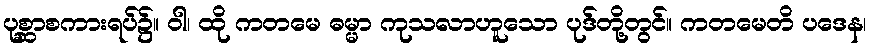
ပုစ္ဆာစကားရပ်၌။ ဝါ၊ ထို ကတမေ ဓမ္မာ ကုသလာဟူသော ပုဒ်တို့တွင်။ ကတမေတိ ပဒေန၊